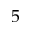
5